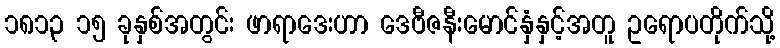
၁၈၁၃ ၁၅ ခုနှစ်အတွင်း ဖာရာဒေးဟာ ဒေဗီဇနီးမောင်နှံနှင့်အတူ ဥရောပတိုက်သို့